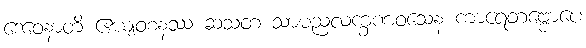
ဒေဝေနာတိ ဧယျဝစနဿ ဆသတံ သာမညလက္ခဏဝသေန ကာရေတဗ္ဗောပေ